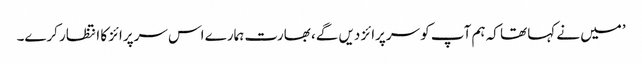
’میں نے کہا تھا کہ ہم آپ کو سرپرائز دیں گے، بھارت ہمارے اس سرپرائز کا انتظار کرے۔